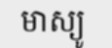
មាស្យូ